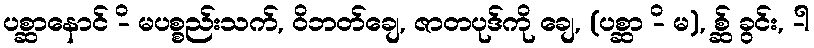
ပစ္ဆာနောင် -ိ မပစ္စည်းသက်, ဝိဘတ်ချေ, ဇာတပုဒ်ကို ချေ, (ပစ္ဆာ -ိ မ), စ္ဆ် ခွင်း, -ါ